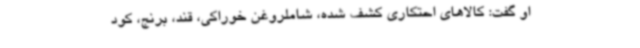
او گفت: کالاهای احتکاری کشف شده، شاملروغن خوراکی، قند، برنج، کود